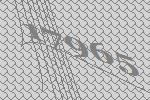
17965